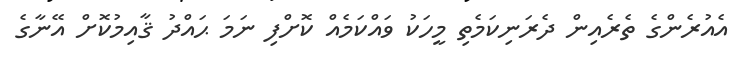
އެއުރެންގެ ތެރެއިން ދެރަނިކަމެތި މީހަކު ވައްކަމެއް ކޮށްފި ނަމަ ޙައްދު ޤާއިމުކޮށް އޭނާގެ